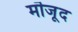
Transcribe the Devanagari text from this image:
मॊजूद